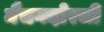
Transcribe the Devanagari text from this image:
नैचगदोरजी